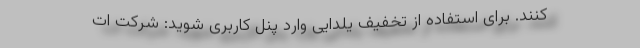
‌کنند. برای استفاده از تخفیف یلدایی وارد پنل کاربری شوید: شركت ات